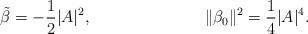
LaTeX: \begin{align*}\tilde{\beta}&=-\frac12|A|^2,&\|\beta_0\|^2&=\frac14|A|^4.\end{align*}